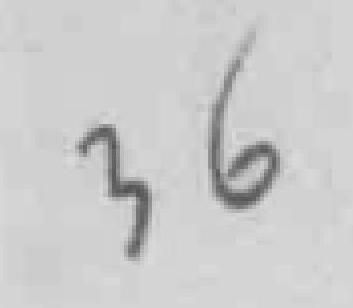
36